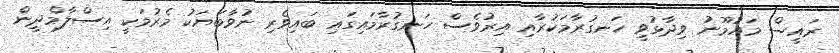
ރައީސް މައުމޫނު ވިދާޅުވީ ހަނގުރާމަކުރާއި އިރުވެސް ހަނގުރާމައިގައި ބައިވެރި ނުވާބަޔަކު މެރުމަކީ އިސްލާމްދީން